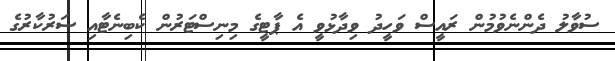
ސުވާލު ދެންނެވުމުން ރައީސް ވަހީދު ވިދާޅުވީ އެ ޕާޓީގެ މިނިސްޓަރުން ކެބިނެޓާއި ސަރުކާރުގެ